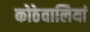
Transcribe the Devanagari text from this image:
कोठेवालियां